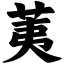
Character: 荑